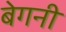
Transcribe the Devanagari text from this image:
बेगनी